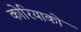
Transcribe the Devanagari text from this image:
कोरियाको